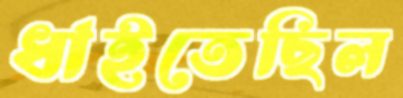
ধাইতেছিল